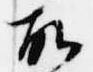
故